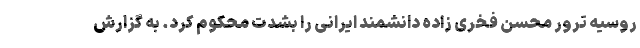
روسیه ترور محسن فخری زاده دانشمند ایرانی را بشدت محکوم کرد. به گزارش